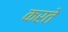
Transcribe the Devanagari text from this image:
करते